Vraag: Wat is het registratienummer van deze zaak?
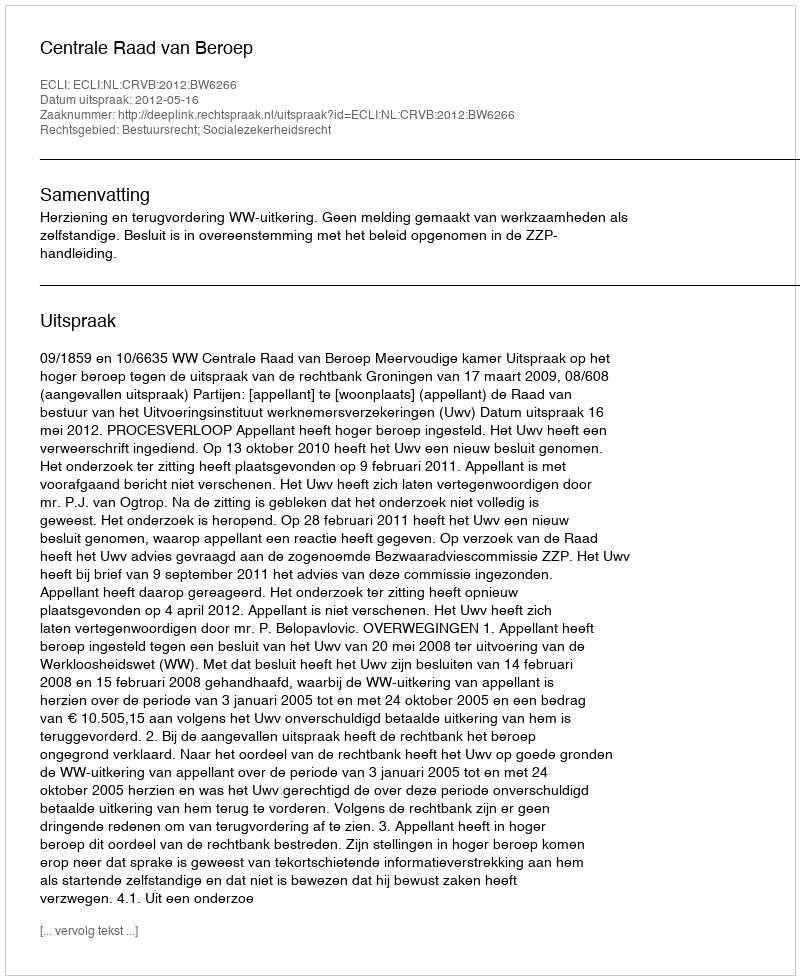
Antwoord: http://deeplink.rechtspraak.nl/uitspraak?id=ECLI:NL:CRVB:2012:BW6266